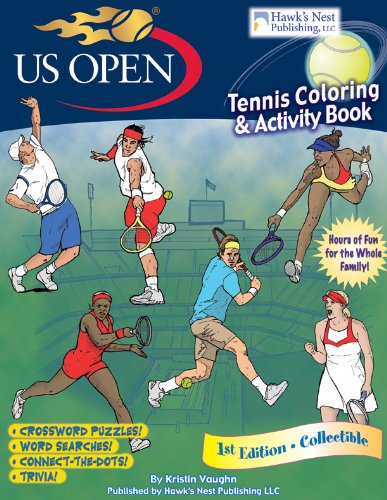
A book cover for US Open Tennis Coloring and Activity Book; Kristin Vaughn; Children's Books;